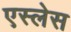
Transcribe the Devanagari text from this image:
एस्लेस